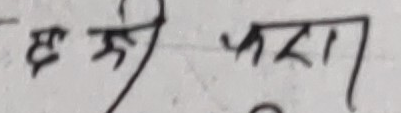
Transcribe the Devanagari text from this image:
छरीभरा